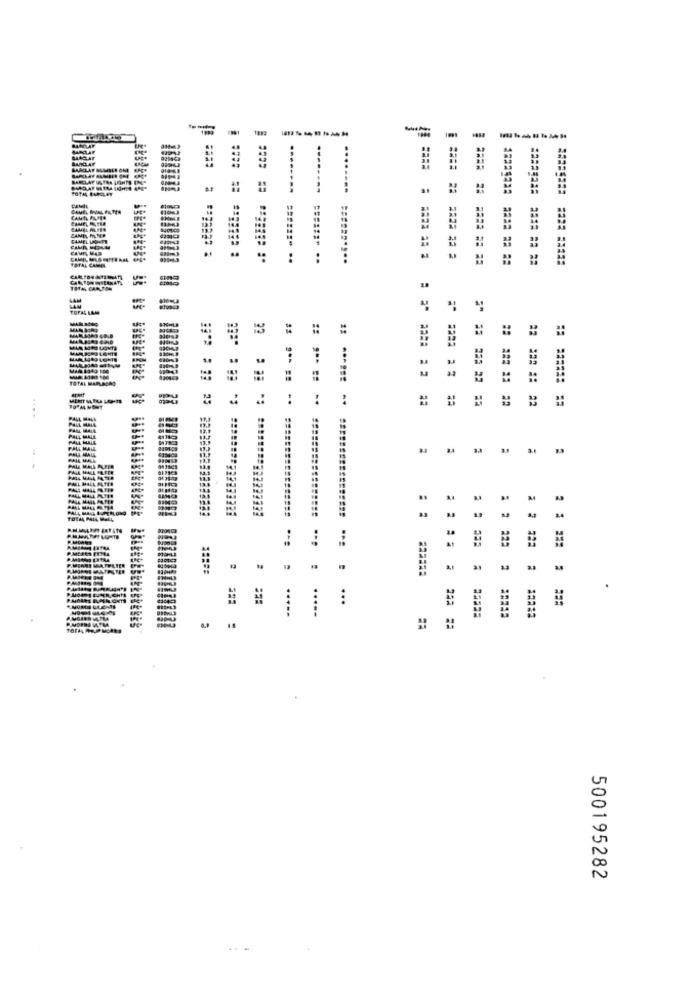
JUKAT
-----
CAME MILP
TOTAL CAMEL
-
=
=
TOTAL MARS
25
:
22 322 #: 22
EEEEEC ========
PALL MALL
PALL MALL
ALL MALE
EL MALL ALTER
PALL MALL PATER
.
M
PALL MALL FUGL
: :
P.MEN
...
TOTAL MOS
500195282